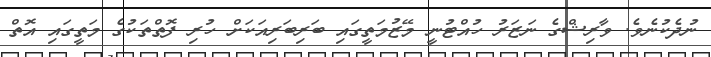
ނުދެކުނެވެ. ވާރިޝްގެ ނަޒަރު ހުއްޓުނީ މޭޒުމަތީގައި ބަރިބަރިއަކަށް ހުރި ފޮތްތަކުގެ މަތީގައި އޮތް